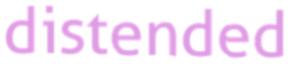
distended